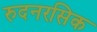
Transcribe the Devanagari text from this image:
रुदनरसिक